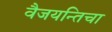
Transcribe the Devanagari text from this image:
वैजयन्तिचा